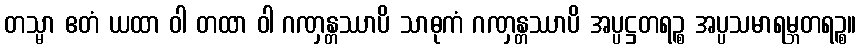
တသ္မာ ဧတံ ယထာ ဝါ တထာ ဝါ ဂဏှန္တဿာပိ သာဓုကံ ဂဏှန္တဿာပိ အပ္ပဋ္ဌတရဉ္စ အပ္ပသမာရမ္ဘတရဉ္စ။